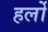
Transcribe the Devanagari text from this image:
हर्लो